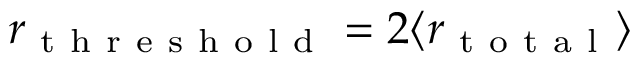
r _ { \mathrm { ~ t ~ h ~ r ~ e ~ s ~ h ~ o ~ l ~ d ~ } } = 2 \langle r _ { \mathrm { ~ t ~ o ~ t ~ a ~ l ~ } } \rangle